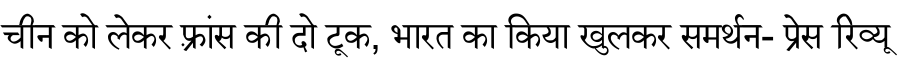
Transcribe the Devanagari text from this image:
चीन को लेकर फ़्रांस की दो टूक, भारत का किया खुलकर समर्थन- प्रेस रिव्यू